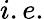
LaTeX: i.e.